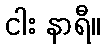
ငါး နာရီ။